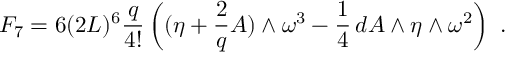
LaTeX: F _ { 7 } = 6 ( 2 L ) ^ { 6 } \frac { q } { 4 ! } \left( ( \eta + \frac { 2 } { q } A ) \wedge \omega ^ { 3 } - \frac { 1 } { 4 } \, d A \wedge \eta \wedge \omega ^ { 2 } \right) \ .